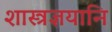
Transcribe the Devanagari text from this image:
शास्त्रज्ञयानि